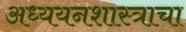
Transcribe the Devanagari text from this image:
अध्ययनशास्त्राचा